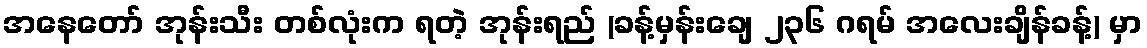
အနေတော် အုန်းသီး တစ်လုံးက ရတဲ့ အုန်းရည် (ခန့်မှန်းချေ ၂၃၆ ဂရမ် အလေးချိန်ခန့်) မှာ